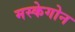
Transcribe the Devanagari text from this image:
मस्केगोन